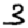
Digit: 3